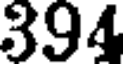
394